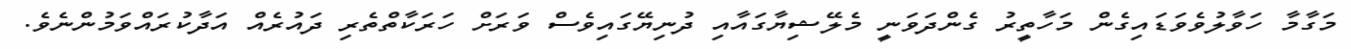
މަގާމާ ހަވާލުވެވަޑައިގެން މަހާތީރު ގެންދަވަނީ މެލޭޝިޔާގައާއި ދުނިޔޭގައިވެސް ވަރަށް ހަރަކާތްތެރި ދައުރެއް އަދާކުރައްވަމުންނެވެ.